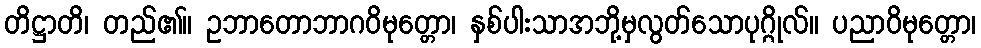
တိဋ္ဌာတိ၊ တည်၏။ ဥဘာတောဘာဂဝိမုတ္တော၊ နှစ်ပါးသာအဘို့မှလွတ်သောပုဂ္ဂိုလ်။ ပညာဝိမုတ္တော၊